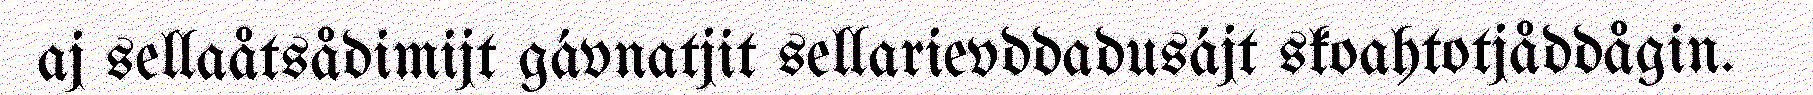
aj sellaåtsådimijt gávnatjit sellarievddadusájt skoahtotjåddågin.